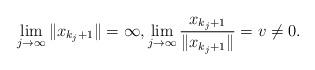
LaTeX: \begin{align*} \lim_{j\to\infty}{\|x_{k_j+1}\|}=\infty, \lim_{j\to\infty}\frac{x_{k_j+1}}{\|x_{k_j+1}\|}=v\ne0.\end{align*}